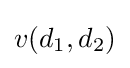
v(d_{1},d_{2})